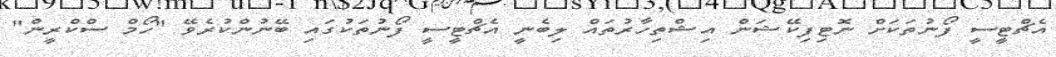
އެޗްޓީސީ ފޯނުތަކަށް ނޮޓިފިކޭޝަން އިޝްތިހާރުތައް ލިބެނީ އެޗްޓީސީ ފޯނުތަކުގައި ބޭނުންކުރެވޭ "ހޯމް ސްކްރީން"